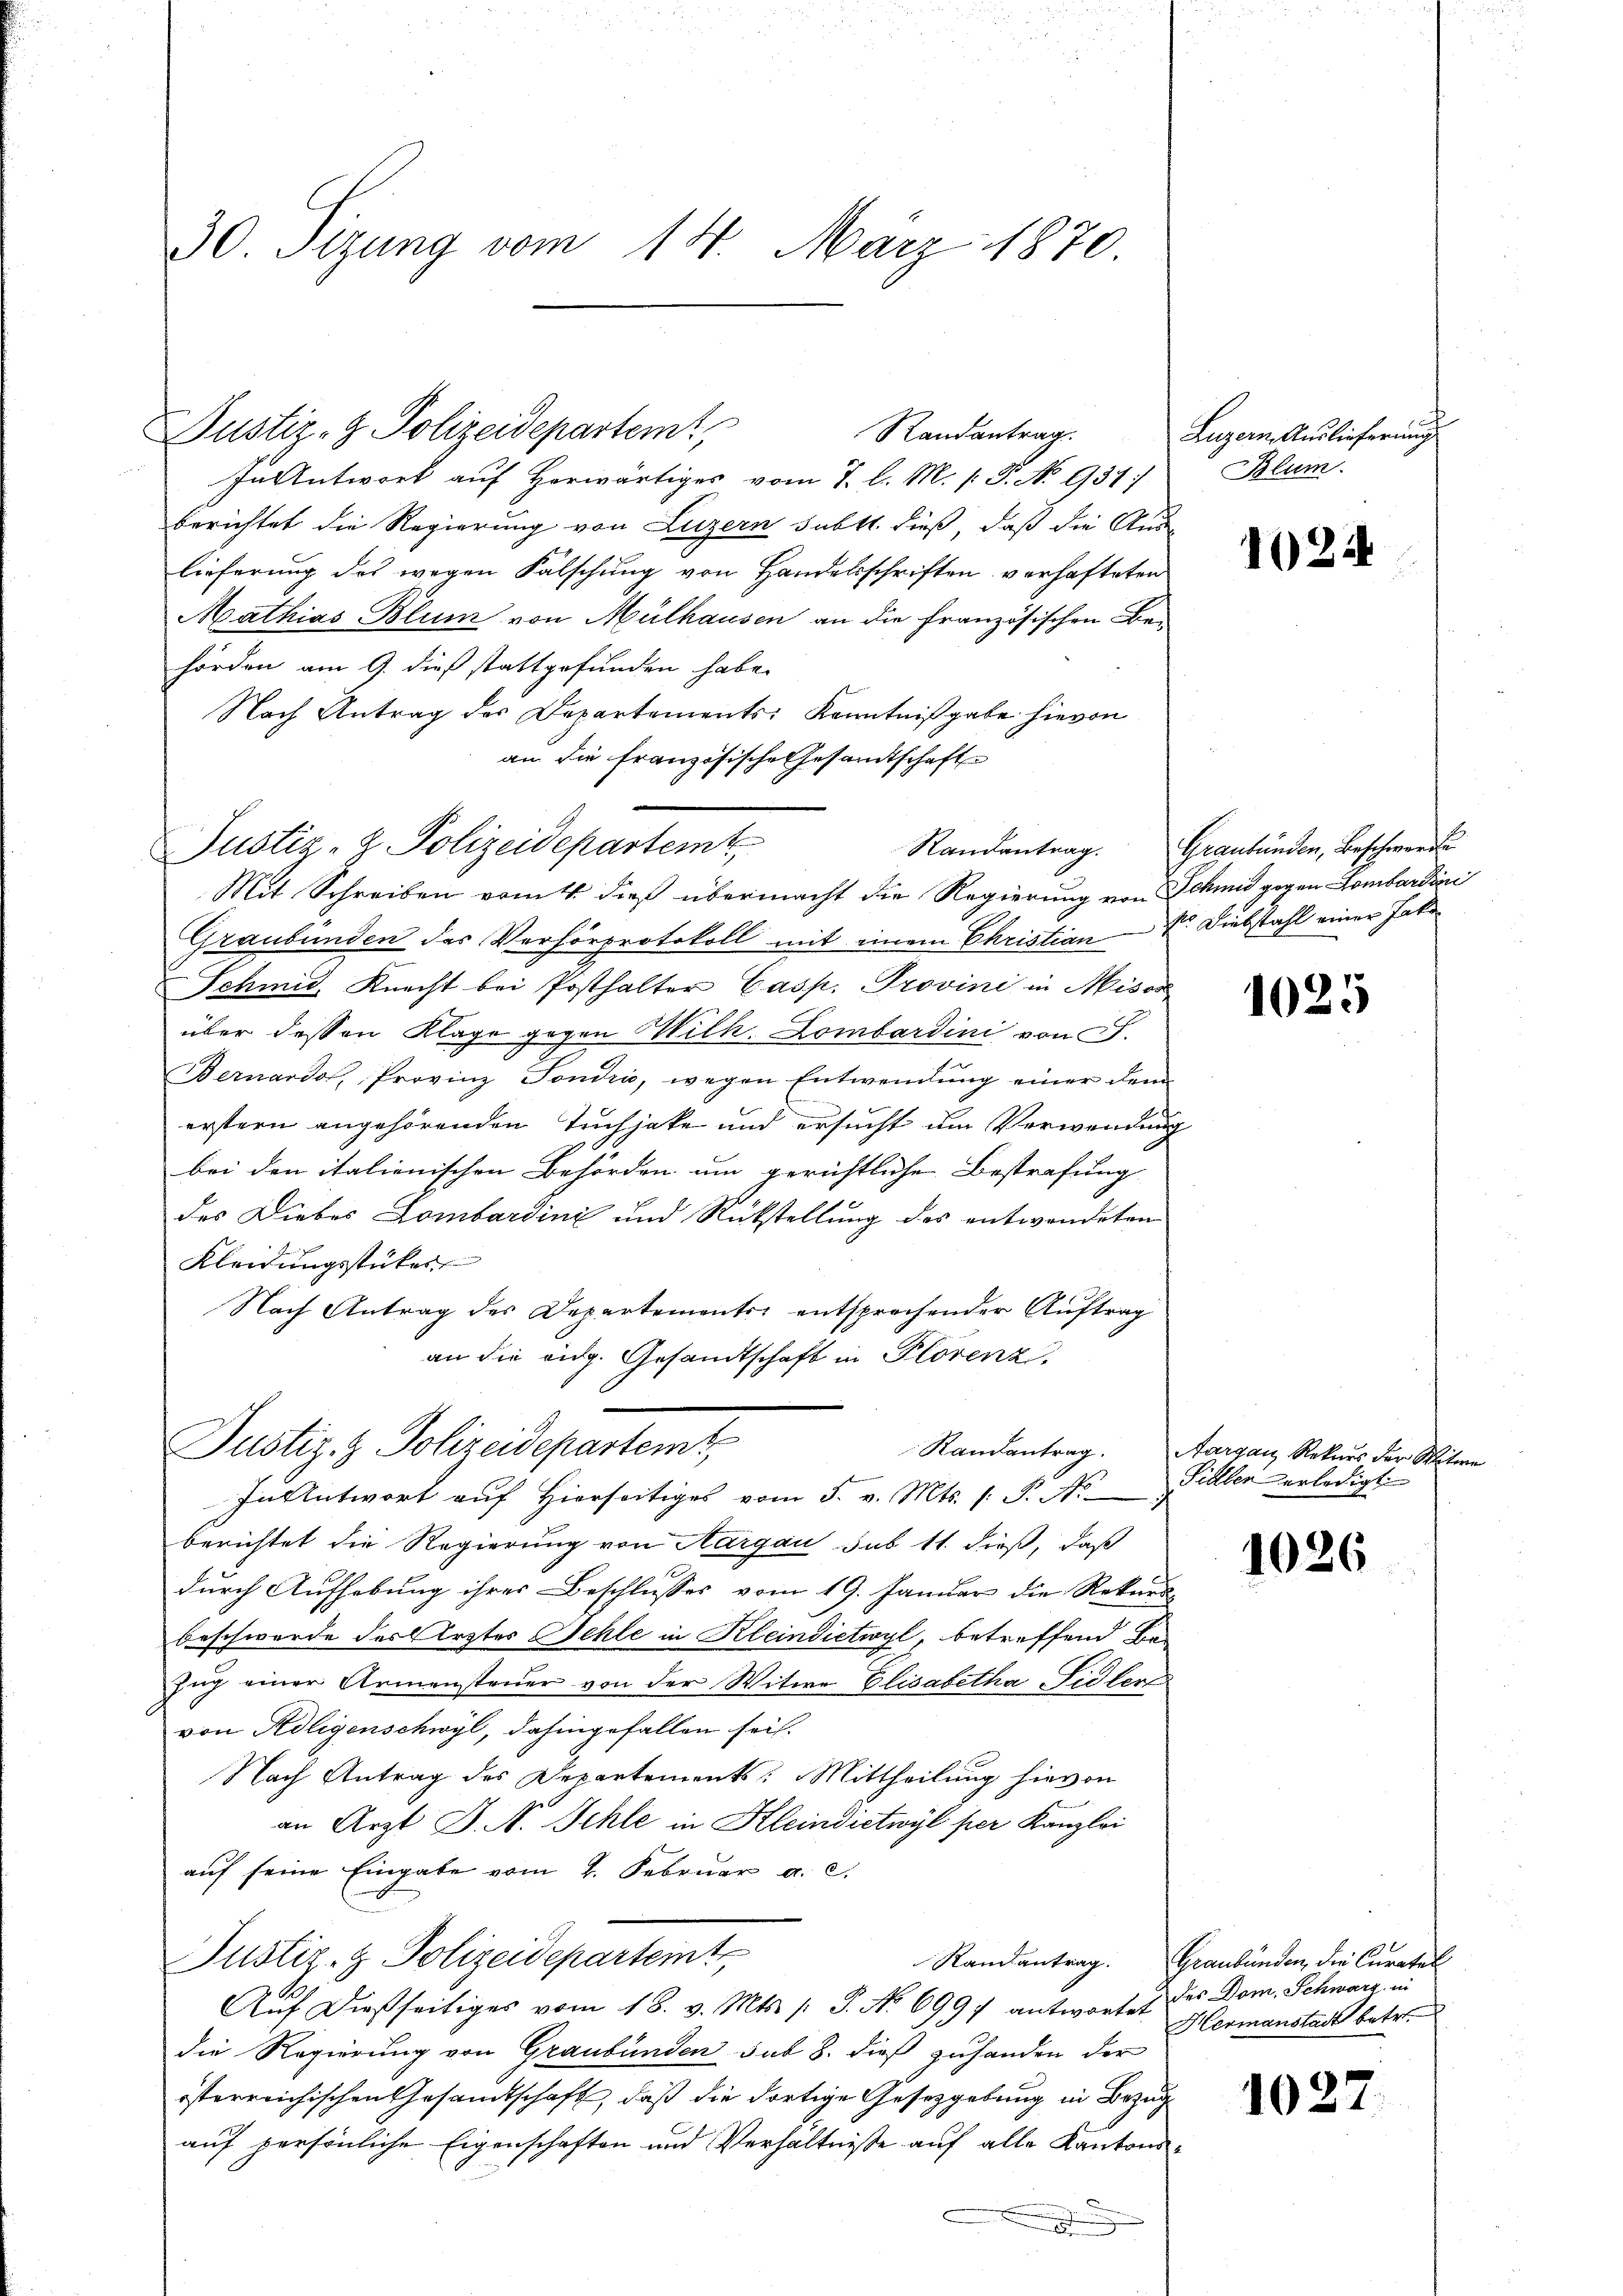
30. Sizung vom 14. März 1870.

Randantrag.
In Antwort auf Horwärtiges vom 7. l. M. (: P. No 937;
berichtet die Regierung von Luzern subtt. dieß, daß die Aus
lieferung des wegen Falschung von Handelsschriften verhafteten
Mathias Blum von Mülhausen an die französischen Be-
hörden am 9. dieß stattgefunden habe.
Nach Antrag des Departements Kenntnißgabe hievon
an die französische Gesandtschaft
Mit Schreiben vom 4. dieß übermacht die Regierung von Schmid gegen Lombardin
Graubünden das Verhörprotokoll mit einem Christian Sr. Diebstahl einer Jahr
Schmid, Knecht bei Posthalter Casp. Provini in Misss
über dessen Klage gegen Wilk. Lombardini von F.
Bernardo, Provinz Fondii, wegen Entwendŭng einer dem
erstern angehörenden Tuchjake und ersucht um Verwendung
bei den italienischen Behörden um gerichtliche Bestrafung
des Diebes Lombardini und Rückstellung des entwendeten
Kleidungsstücker
Nach Antrag des Departements entsprechender Auftrag
an die eidg. Gesandtschaft in Plorenz,

Justiz- & Polizeidepartem

Justiz- u. Polizeidepartemt

berichtet die Regierung von Aargau sub 11. dieß, daß
durch Aufhebung ihres Beschlusses vom 19. Januar die Rekurs-
beschwerde des Arztes Schle in Kleindietwyl, betreffend Be¬
Zug einer Armensteuer von der Witwe Elisabetha Fidler
von Religenschwyl, dahingefallen sei.
Nach Antrag des Departements: Mittheilung hievon
an Arzt J. N. Schle in Kleindietwyl per Kanzlei
auf seine Eingabe vom 2. Februar a. c.
Justiz- & Polizeideparteint
Randantrag.
Auf dießseitiges vom 18. v. Mts. /: P. No 6997 antwortet des Dom. Schwarz in
die Regierung von Graubünden sub 8. dieß zuhanden der
österreichischen Gesandtschaft, daß die dortige Gesetzgebung in Bezug
auf persönliche Eigenschaften und Verhältnisse auf alle Kantons¬
.

Justiz & Polizeidepartemt,
In Antwort auf Hierseitiges vom 5. v. Mts. 1. P. N

Randantrag. Aargau, Rekurs der Witwe

Luzern, Auslieferung
Blum

1025

Randantrag. Graubünden, Beschwerd

1025

Sidler erledigt.

1026

Graubünden, die Curatel
Hermanstadt betr.

1027